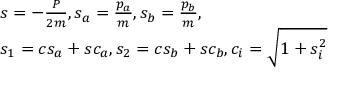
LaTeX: \begin{array} { l } { { s = - { \frac { P } { 2 m } } , s _ { a } = { \frac { p _ { a } } { m } } , s _ { b } = { \frac { p _ { b } } { m } } , } } \\ { { s _ { 1 } = c s _ { a } + s c _ { a } , s _ { 2 } = c s _ { b } + s c _ { b } , c _ { i } = \sqrt { 1 + s _ { i } ^ { 2 } } } } \end{array}